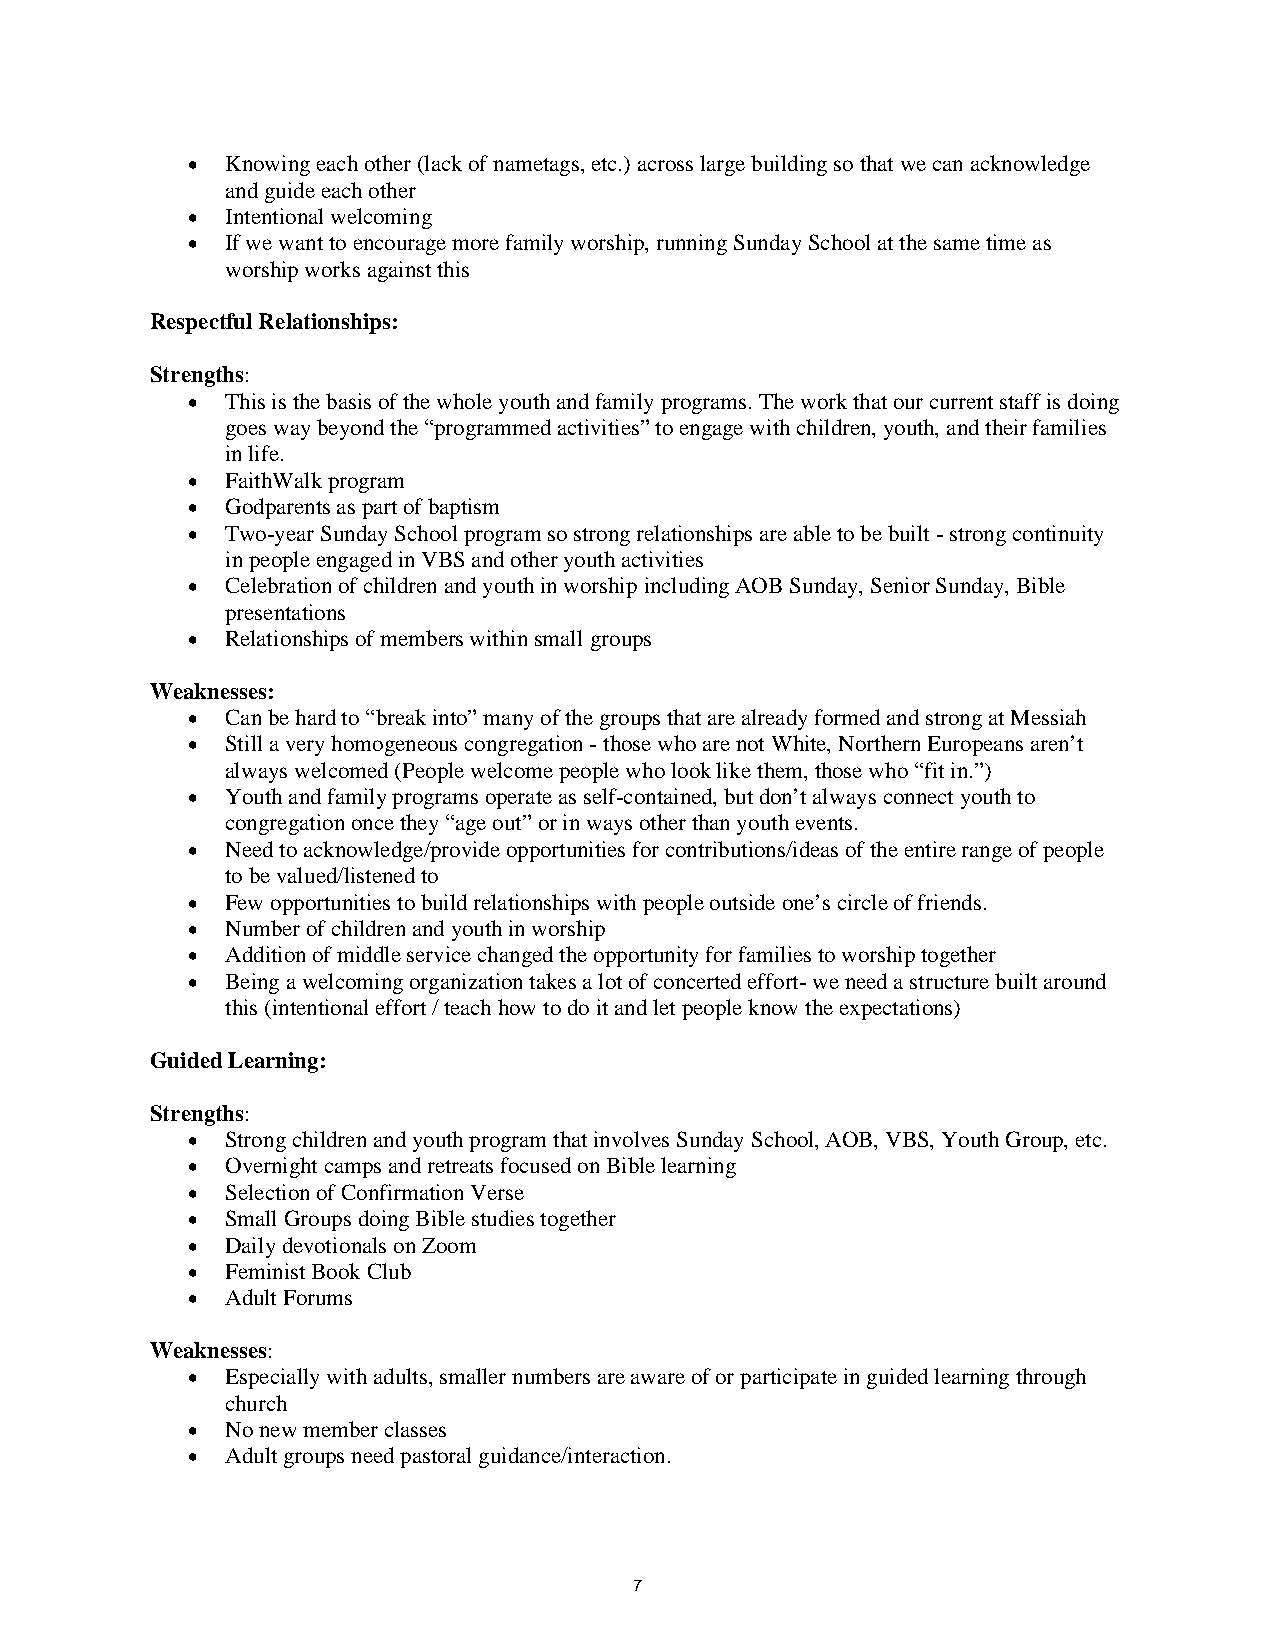
•  Knowing each other (lack of nametags, etc.) across large building so that we can acknowledge
 and guide each other
 •  Intentional welcoming
 •  If we want to encourage more family worship, running Sunday School at the same time as
 worship works against this
 Respectful Relationships:
 Strengths:
 •  This is the basis of the whole youth and family programs. The work that our current staff is doing
 goes way beyond the “programmed activities” to engage with children, youth, and their families
 in life.
 •  FaithWalk program
 •  Godparents as part of baptism
 •  Two-year Sunday School program so strong relationships are able to be built - strong continuity
 in people engaged in VBS and other youth activities
 •  Celebration of children and youth in worship including AOB Sunday, Senior Sunday, Bible
 presentations
 •  Relationships of members within small groups
 Weaknesses:
 •  Can be hard to “break into” many of the groups that are already formed and strong at Messiah
 •  Still a very homogeneous congregation - those who are not White, Northern Europeans aren’t
 always welcomed (People welcome people who look like them, those who “fit in.”)
 •  Youth and family programs operate as self-contained, but don’t always connect youth to
 congregation once they “age out” or in ways other than youth events.
 •  Need to acknowledge/provide opportunities for contributions/ideas of the entire range of people
 to be valued/listened to
 •  Few opportunities to build relationships with people outside one’s circle of friends.
 •  Number of children and youth in worship
 •  Addition of middle service changed the opportunity for families to worship together
 •  Being a welcoming organization takes a lot of concerted effort- we need a structure built around
 this (intentional effort / teach how to do it and let people know the expectations)
 Guided Learning:
 Strengths:
 •  Strong children and youth program that involves Sunday School, AOB, VBS, Youth Group, etc.
 •  Overnight camps and retreats focused on Bible learning
 •  Selection of Confirmation Verse
 •  Small Groups doing Bible studies together
 •  Daily devotionals on Zoom
 •  Feminist Book Club
 •  Adult Forums
 Weaknesses:
 •  Especially with adults, smaller numbers are aware of or participate in guided learning through
 church
 •  No new member classes
 •  Adult groups need pastoral guidance/interaction.
 7